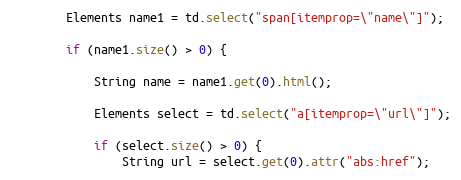
Language: Java
        Elements name1 = td.select("span[itemprop=\"name\"]");

        if (name1.size() > 0) {

            String name = name1.get(0).html();

            Elements select = td.select("a[itemprop=\"url\"]");

            if (select.size() > 0) {
                String url = select.get(0).attr("abs:href");